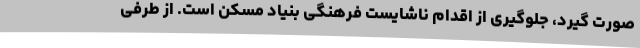
صورت گیرد، جلوگیری از اقدام ناشایست فرهنگی بنیاد مسکن است. از طرفی